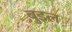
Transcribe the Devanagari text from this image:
बुइल